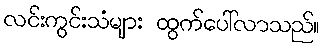
လင်းကွင်းသံများ ထွက်ပေါ်လာသည်။